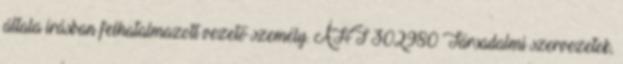
általa írásban felhatalmazott vezető személy. ÁHT 302980 Társadalmi szervezetek,